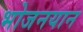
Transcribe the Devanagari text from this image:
भोजनयान